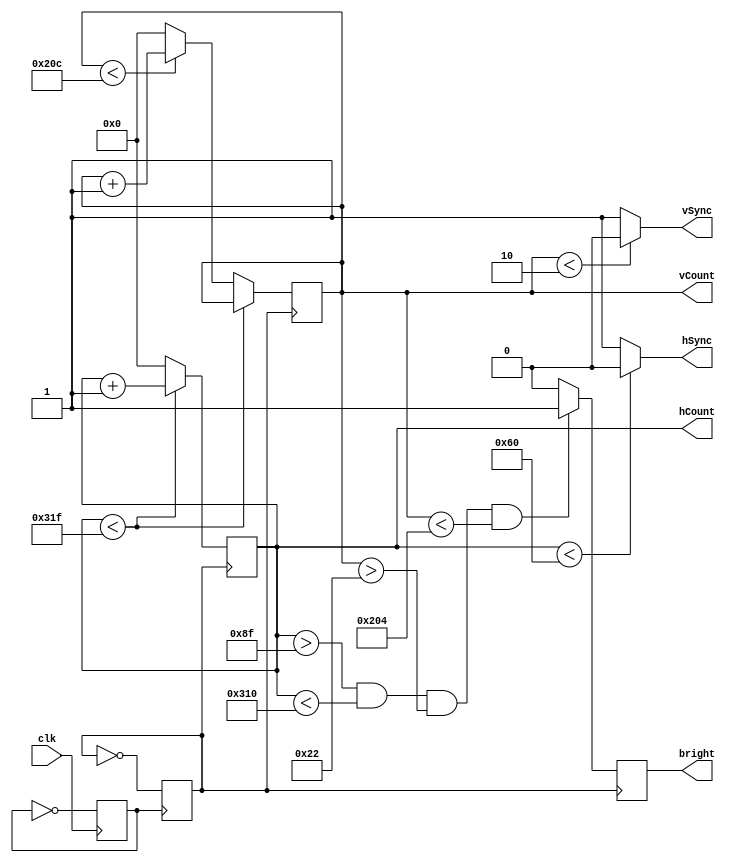
`timescale 1ns / 1ps
//////////////////////////////////////////////////////////////////////////////////
// Company: 
// Engineer: 
// 
// Design Name: 
// Module Name:    DisplayController 
// Project Name: 
// Target Devices: 
// Tool versions: 
// Description: 
//
// Dependencies: 
//
// Revision: 
// Revision 0.01 - File Created

// Additional Comments:  https://learn.digilentinc.com/Documents/269
// - Use Bahavioural Modelling (always, initial)
// - Use the Following: clock divider, two counters(horizontal counter, vertical
// counter), 
//////////////////////////////////////////////////////////////////////////////////
module display_controller(
	input clk,
	output hSync, vSync,
	output reg bright,
	output reg[9:0] hCount, 
	output reg [9:0] vCount // Covers 800, width of the screen, because it's 2^10
	);
	
	reg pulse;
	reg clk25;
	
	initial begin // Set all of them initially to 0
		clk25 = 0;
		pulse = 0;
	end
	
	always @(posedge clk)
		pulse = ~pulse;
	always @(posedge pulse)
		clk25 = ~clk25;
		
	always @ (posedge clk25)
		begin
		if (hCount < 10'd799)
			begin
			hCount <= hCount + 1;
			end
		else if (vCount < 10'd524)
			begin
			hCount <= 0;
			vCount <= vCount + 1;
			end
		else
			begin
			hCount <= 0;
			vCount <= 0;
			end
		end
		
	assign hSync = (hCount < 96) ? 0:1;
	assign vSync = (vCount < 2) ? 0:1;
		
	always @(posedge clk25)
		begin
		if(hCount > 10'd143 && hCount < 10'd784 && vCount > 10'd34 && vCount < 10'd516)
			bright <= 1;
		else
			bright <= 0;
		end	
		
endmodule